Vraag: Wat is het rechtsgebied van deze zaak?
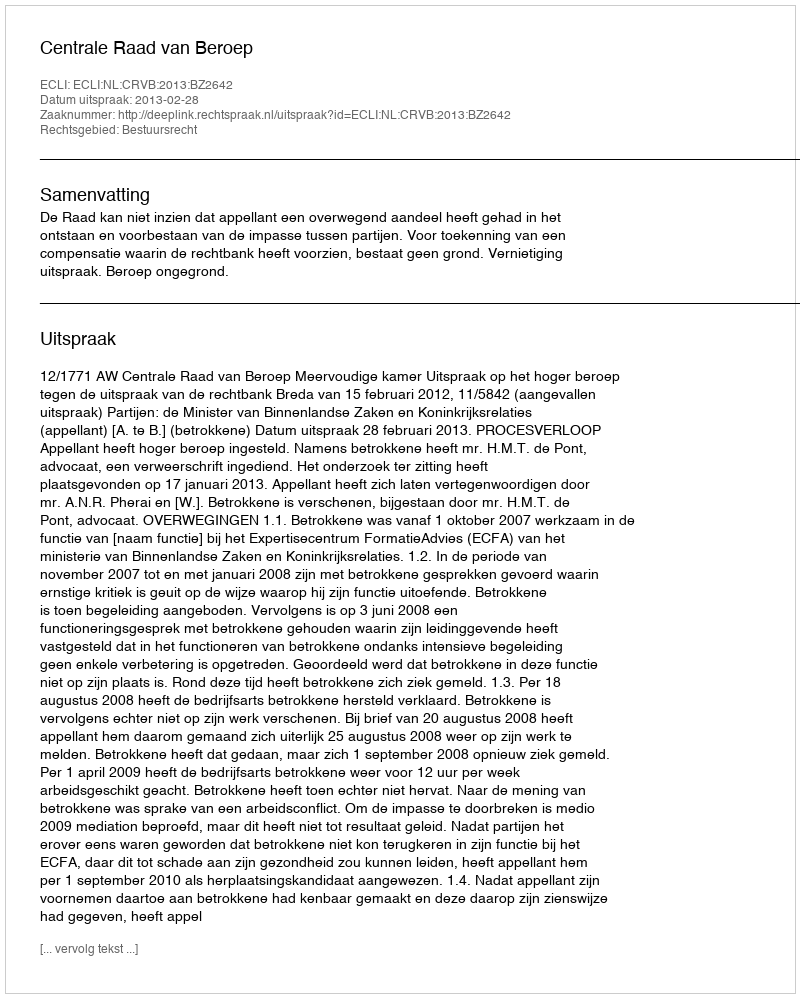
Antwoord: Bestuursrecht